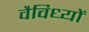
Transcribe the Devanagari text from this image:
वैविध्यों